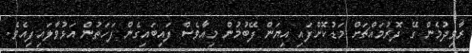
ރާވިދުމެން ގޭ ދޮރުމައްޗަށް މަޑުކޮށްފައި އިޔަން ފޭބުމުން މިއާވެސް ފައިބައިގެން ފަހަތުން އަޅުވާލައިފިއެވެ.